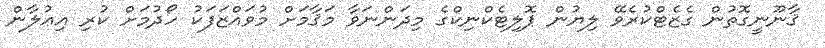
ޤާނޫނީގޮތުން ގެޒެޓްކުރެވޭ ލިޔުން ޕޮލިޓެކްނިކްގެ މިދަންނަވާ މަޤާމަށް މުވައްޒަފަކު ހޯދުމަށް ކުރި އިޢުލާން